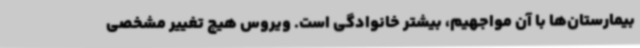
بیمارستان‌ها با آن مواجهیم، بیشتر خانوادگی است. ویروس هیچ تغییر مشخصی